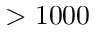
> 1 0 0 0